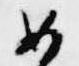
如